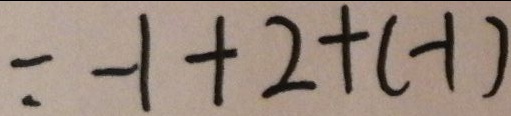
= - 1 + 2 + ( - 1 )